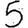
Digit: 5